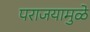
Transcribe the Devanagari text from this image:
पराजयामुळे